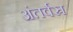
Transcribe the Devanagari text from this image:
अंतर्वस्र